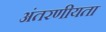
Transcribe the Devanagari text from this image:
अंतरणीयता